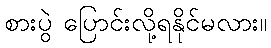
စားပွဲ ပြောင်းလို့ရနိုင်မလား။